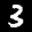
Label: 3